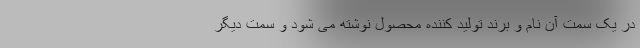
در یک سمت آن نام و برند تولید کننده محصول نوشته می شود و سمت دیگر